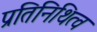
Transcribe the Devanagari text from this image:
प्रतिनिथित्व